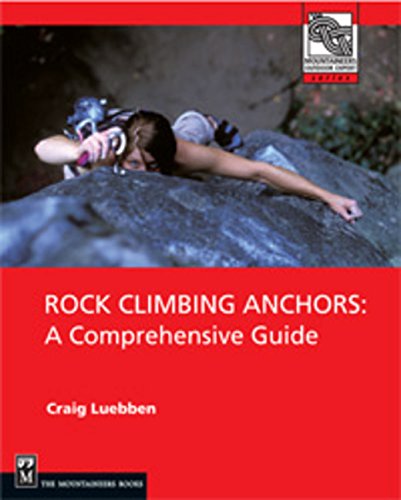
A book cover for Rock Climbing Anchors: A Comprehensive Guide (Mountaineers Outdoor Expert); Craig Luebben; Sports & Outdoors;